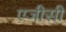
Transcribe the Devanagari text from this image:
एजीसी